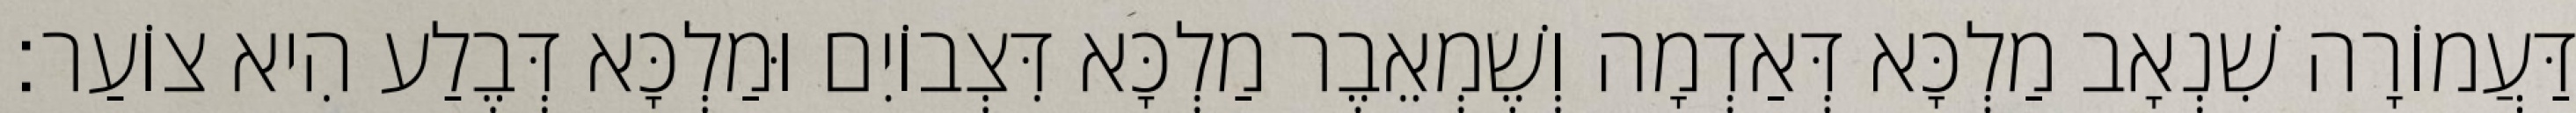
דַּעֲמוֹרָה שִׁנְאָב מַלְכָּא דְּאַדְמָה וְשֶׁמְאֵבֶר מַלְכָּא דִּצְבוֹיִם וּמַלְכָּא דְּבֶלַע הִיא צוֹעַר׃